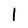
Character: 1